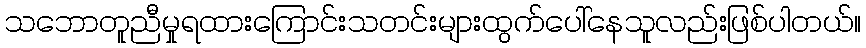
သဘောတူညီမှုရထားကြောင်းသတင်းများထွက်ပေါ်နေသူလည်းဖြစ်ပါတယ်။